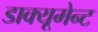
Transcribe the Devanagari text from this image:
डाक्यूमेन्ट